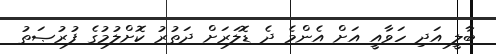
ބާލީ އަދި ހަވާއީ އަށް އެންމެ ދެ ޑޮލަރަށް ދަތުރު ކޮށްލުމުގެ ފުރުޞަތު